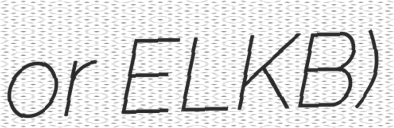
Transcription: or ELKB)